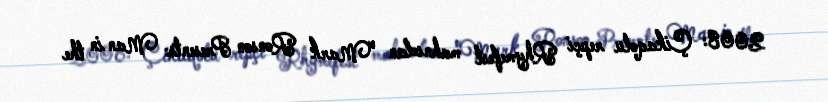
2008: Çikaqolu repçi Rhymefest mahnıdan “Mark Ronson Presents: Man in the